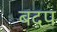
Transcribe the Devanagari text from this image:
बदप